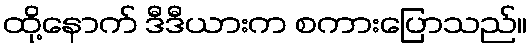
ထို့နောက် ဒီဒီယားက စကားပြောသည်။